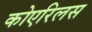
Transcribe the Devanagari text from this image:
कोएरिलस